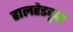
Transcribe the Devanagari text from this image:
हालहेडकृत